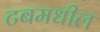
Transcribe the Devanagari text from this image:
टबमधील